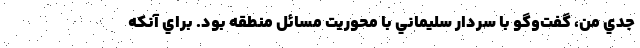
جدي من، گفت‌وگو با سردار سليماني با محوريت مسائل منطقه بود. براي آنكه